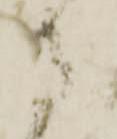
守